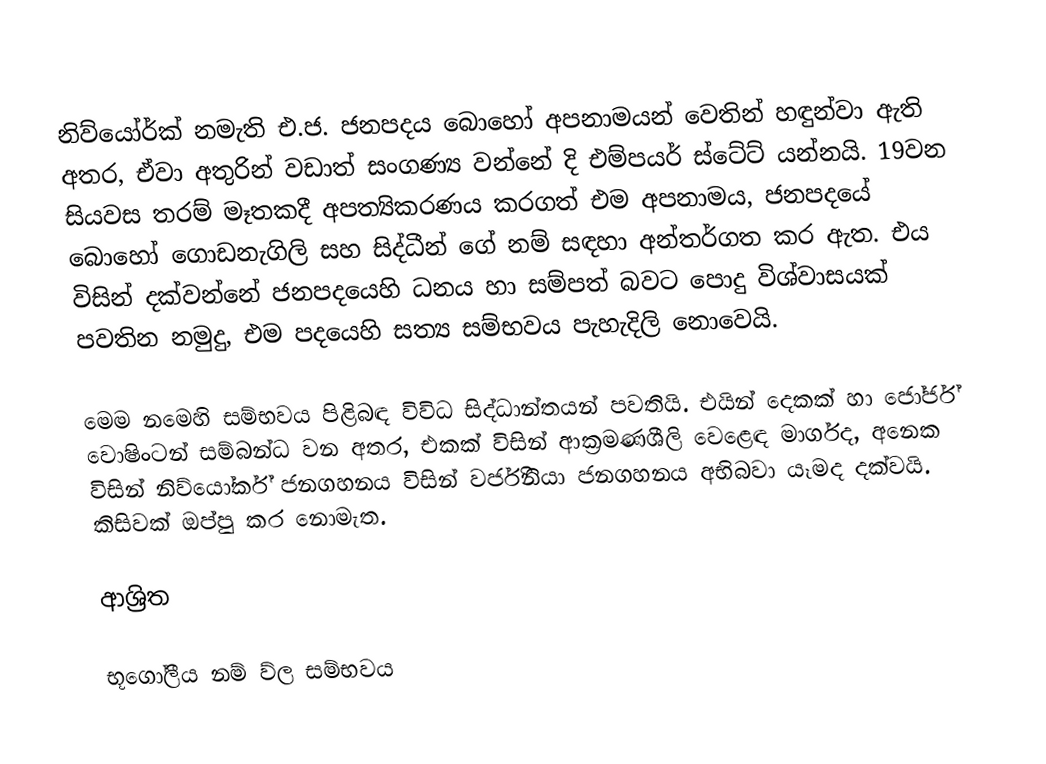
නිව්යෝර්ක් නමැති එ.ජ. ජනපදය බොහෝ අපනාමයන් වෙතින් හඳුන්වා ඇති අතර, ඒවා අතුරින් වඩාත් සංගණ්‍ය වන්නේ දි එම්පයර් ස්ටේට් යන්නයි. 19වන සියවස තරම් මෑතකදී අපත්‍යිකරණය කරගත් එම අපනාමය, ජනපදයේ බොහෝ ගොඩනැගිලි සහ සිද්ධීන් ගේ නම් සඳහා අන්තර්ගත කර ඇත. එය විසින් දක්වන්නේ ජනපදයෙහි ධනය හා සම්පත් බවට පොදු විශ්වාසයක් පවතින නමුදු, එම පදයෙහි සත්‍ය සම්භවය පැහැදිලි නොවෙයි.

මෙම නමෙහි සම්භවය පිළිබඳ විවිධ සිද්ධාන්තයන් පවතියි. එයින් දෙකක් හා ජෝර්ජ් වොෂිංටන් සම්බන්ධ වන අතර, එකක් විසින් ආක්‍රමණශීලි වෙළෙඳ මාර්ගද, අනෙක විසින්  නිව්යෝර්ක් ජනගහනය විසින්  වර්ජිනියා ජනගහනය අභිබවා යෑමද දක්වයි. කිසිවක් ඔප්පු කර නොමැත.

ආශ්‍රිත

භූගෝලීය නම් ව්ල සම්භවය